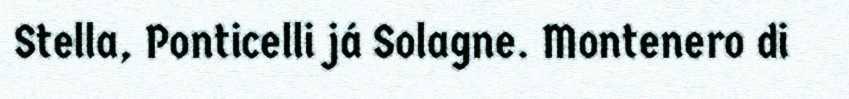
Stella, Ponticelli já Solagne. Montenero di